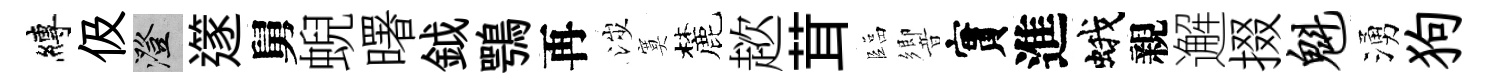
縛伋澄𨗹舅蜺曙鉞鶚再涉寞麓趑茸臨響實進蛾親邂掇魁湧狗